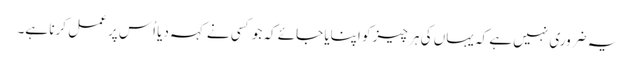
یہ ضروری نہیں ہے کہ یہاں کی ہر چیز کو اپنایا جائے کہ جو کسی نے کہہ دیا اُس پر عمل کرنا ہے۔